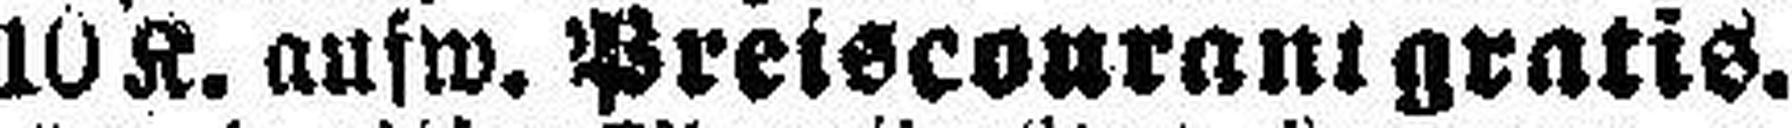
10 K. aufw. Preiscourant gratis.